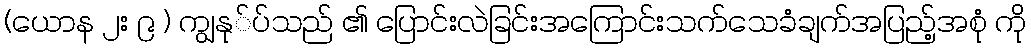
(ယောန ၂း ၉ ) ကျွနု်ပ်သည် ၏ ပြောင်းလဲခြင်းအကြောင်းသက်သေခံချက်အပြည့်အစုံ ကို